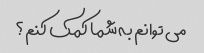
می توانم به شما کمک کنم؟